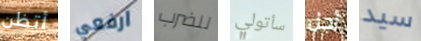
أتظن ارفعي للضرب سأتولي أجل سيد